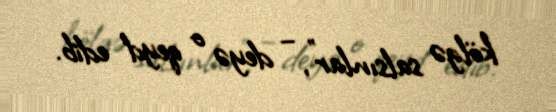
kölgə salsınlar”, – deyə o qeyd edib.